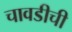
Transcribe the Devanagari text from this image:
चावडीची